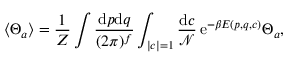
\langle \Theta _ { a } \rangle = \frac { 1 } { Z } \int \frac { \mathrm { d } p \mathrm { d } q } { ( 2 \pi ) ^ { f } } \int _ { | c | = 1 } \frac { \mathrm { d } c } { \mathcal { N } } \, \mathrm { e } ^ { - \beta E ( p , q , c ) } \Theta _ { a } ,